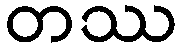
တဿ